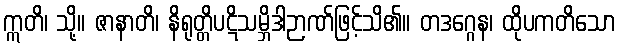
ဣတိ၊ သို့။ ဇာနာတိ၊ နိရုတ္တိပဋိသမ္ဘိဒါဉာဏ်ဖြင့်သိ၏။ တဒဂ္ဂေန၊ ထိုပကတိသော